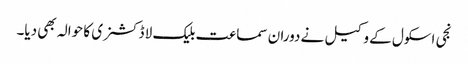
نجی اسکول کے وکیل نے دوران سماعت بلیک لا ڈکشنری کا حوالہ بھی دیا۔